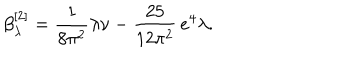
LaTeX: \beta _ { \lambda } ^ { [ 2 ] } = \frac { 1 } { 8 \pi ^ { 2 } } \lambda \nu - \frac { 2 5 } { 1 2 \pi ^ { 2 } } \, e ^ { 4 } \lambda .